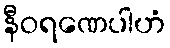
နီဝရဏေပါဟံ